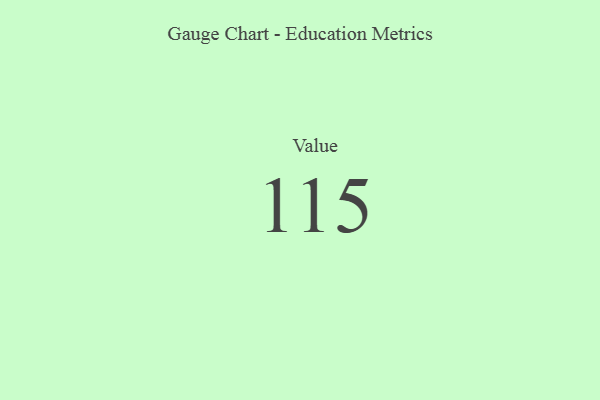
{"axis": {"x": "Metric", "y": "Value"}, "legend": [""], "data": [{"x": "Value", "y": 115, "type": ""}]}